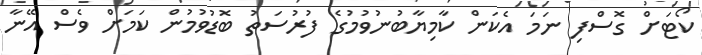
ކޯޓަށް ގޮސްފި ނަމަ އެކަން ކާމިޔާބުނުވުމުގެ ފުރުސަތު ބޮޑުވުމުން ކަމަށް ވެސް އޭނާ